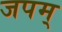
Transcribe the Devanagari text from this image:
जपम्